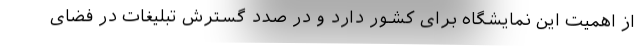
از اهمیت این نمایشگاه برای کشور دارد و در صدد گسترش تبلیغات در فضای